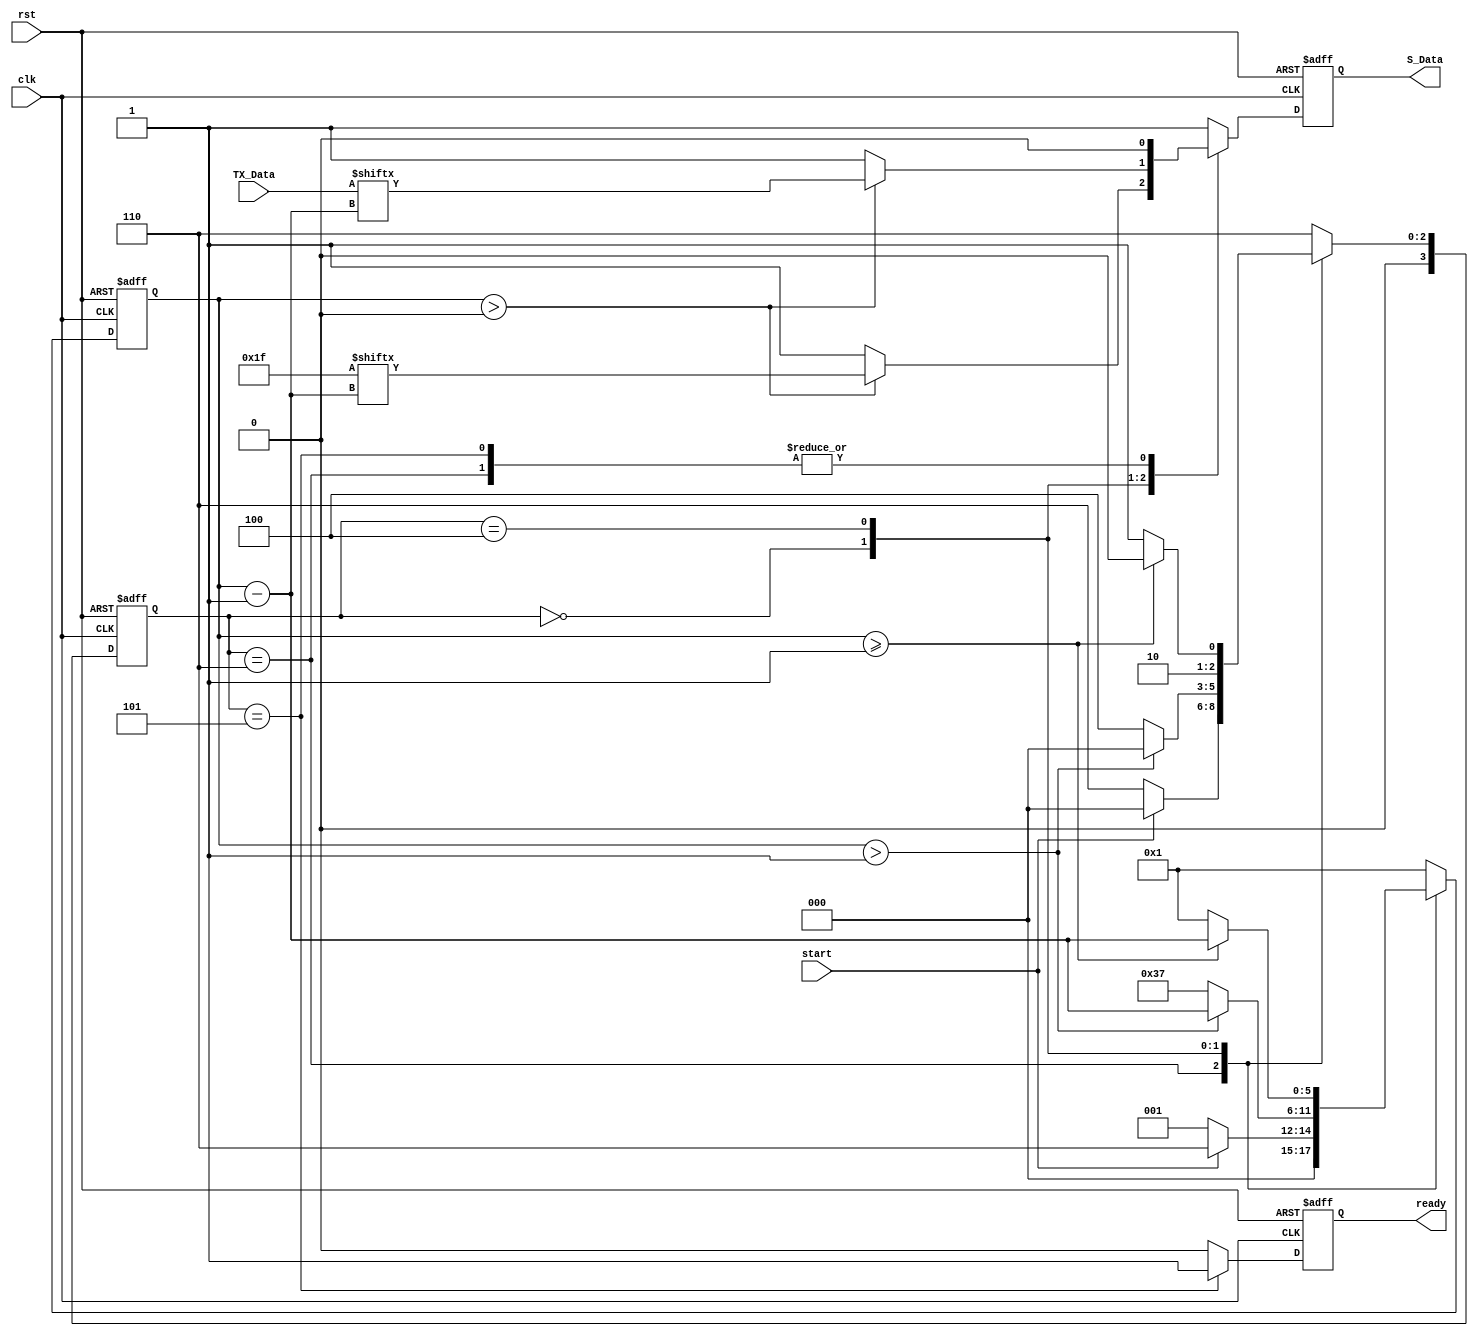
module trans_protocol(TX_Data,
    start, rst, clk,
    ready, S_Data);

   input [54:0] TX_Data;
   input 	start, rst, clk;
   output reg 	ready, S_Data;
      
   parameter [4:0] sz_START_SEQ = 5'd6;
   parameter [5:0] sz_DATA =  6'd55;
      
   parameter [5:0] START_SEQ = 6'b01_1111;
   parameter [2:0] START = 3'd0;
   parameter [2:0] S_SEQ = 3'd1;
   parameter [2:0] TRANSMIT = 3'd4;
   parameter [2:0] DONE = 3'd5;
   parameter [2:0] WAIT = 3'd6;

   reg 	     next_ready, next_S_Data;
   reg [3:0] state, next_state;
   reg [5:0] next_counter, counter;
   wire [5:0] counter_1;

   assign counter_1 = counter -1;

   /* State transitions */
   always @(posedge clk, posedge rst) begin
      if (rst) begin
	 state <= WAIT;
	 S_Data <= 1'b0;
	 ready <= 1'b0;
	 counter <= 6'b1;
      end else begin
	 S_Data <= next_S_Data;
	 state <= next_state;
	 counter <= next_counter;
	 ready <= next_ready;
      end
   end
      
   /* State logic */
   always @(state, start, counter) begin
      case (state)
	/* Start signal given */
	WAIT:
	  if (start) begin
	     next_state = START;
	     next_counter = sz_START_SEQ;
	  end else begin
	     next_state = WAIT;
	     next_counter = 6'b1;
	  end

	/* Transmitting start_seq */
	START: begin
	   if (counter > 1) begin
	      next_state = START;
	      next_counter = counter - 1;
	   end
	   
	   /* Begin transmitting data */
	   else begin
	      next_state = TRANSMIT;
	      next_counter = sz_DATA;
	   end
	end // case: START
	
	/* Transmitting data */
	TRANSMIT:
	  if (counter >= 1) begin
	     next_state = TRANSMIT;
	     next_counter = counter - 1;
	  end else begin
	     next_state = DONE;
	     next_counter = 6'b1;
	  end


      /* Return to WAIT */
	DONE: begin
	   next_state = WAIT;
	   next_counter = 6'b1;
	end
	
	default: begin
	   next_state = WAIT;
	   next_counter = 6'b1;
	end
      endcase // case (state)
   end // always @ (state)

   
   /* Output logic */
   always @(state, counter) begin
      case (state)
	 START: begin
	    if (counter > 0) begin
	      next_S_Data = START_SEQ[counter_1];
	    end else
	      next_S_Data = 1'b1;
	    next_ready = 1'b0;
	 end

	 TRANSMIT: begin
	    if (counter > 0) begin
	      next_S_Data = TX_Data[counter_1];
	    end else
	      next_S_Data = 1'b1;
	    next_ready = 1'b0;
	 end	

	DONE: begin
	   next_S_Data = 1'b0;
	   next_ready = 1'b1;
	end

	WAIT: begin
	   next_S_Data = 1'b0;
	   next_ready = 1'b0;
	end
	
	default: begin
	   next_S_Data = 1'b1;
	   next_ready = 1'b0;
	end
	
      endcase // case state

   end // always @ (state, counter)
   
endmodule